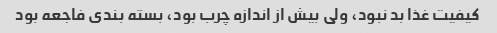
کیفیت غذا بد نبود، ولی بیش از اندازه چرب بود، بسته بندی فاجعه بود